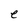
Character: e